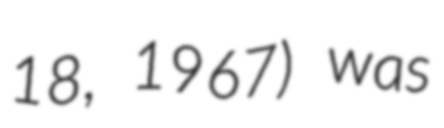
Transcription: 18, 1967) was